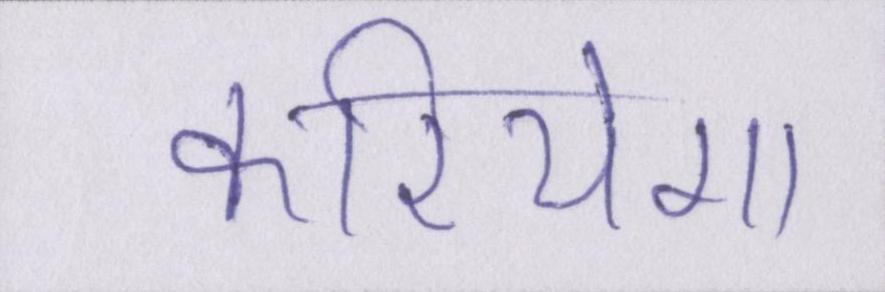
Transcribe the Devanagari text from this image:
करियेगा